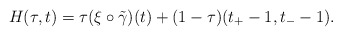
\begin{align*} H (\tau, t) = \tau (\xi \circ \Tilde{\gamma})(t) + (1 - \tau) (t_+ - 1, t_- - 1).\end{align*}